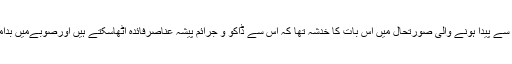
لاک ڈائون کی وجہ سے پیدا ہونے والی صورتحال میں اس بات کا خدشہ تھا کہ اس سے ڈاکو و جرائم پیشہ عناصرفائدہ اٹھاسکتے ہیں اورصوبےمیں بدامنی پھیل سکتی ہے۔